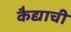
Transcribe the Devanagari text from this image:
कैद्याची